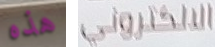
هذه الالكتروني